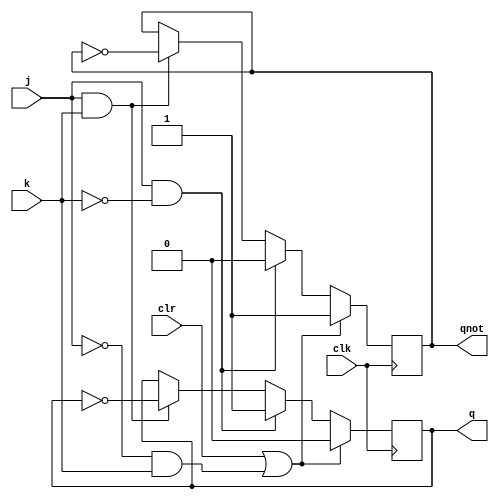
module jkff ( output q, output qnot,
input j, input k, input clr, input clk );
reg q, qnot;

always @( posedge clk )
begin
if ( clr | (~j & k) )
begin
q <= 0; qnot <= 1;
end
else
if ( j & ~k )
begin
q <= 1; qnot <= 0;
end
else
if ( j & k )
begin
q <= ~q; qnot <= ~qnot;
end
end
endmodule